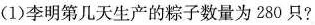
(1)李明第几天生产的粽子数量为280只?